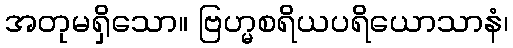
အတုမရှိသော။ ဗြဟ္မစရိယပရိယောသာနံ၊